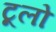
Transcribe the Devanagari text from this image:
टूलो